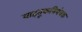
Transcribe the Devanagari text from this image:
वाहतूकनियंत्रक